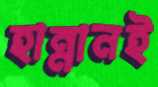
হান্নানই